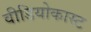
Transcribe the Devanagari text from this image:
वीडियोकास्ट